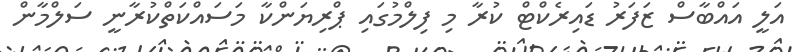
އަލީ އައްބާސް ޒަފަރު ޑައިރެކްޓް ކުރާ މި ފިލްމުގައި ޕްރިޔަންކާ މަސައްކަތްކުރާނީ ސަލްމާން